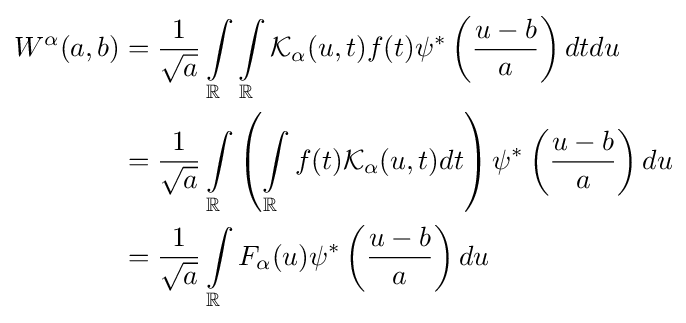
{\begin{aligned}W^{\alpha }(a,b)&={\frac {1}{\sqrt {a}}}\int \limits _{\mathbb {R} }\int \limits _{\mathbb {R} }{\mathcal {K}}_{\alpha }(u,t)f(t)\psi ^{\ast }\left({\frac {u-b}{a}}\right)dtdu\\&={\frac {1}{\sqrt {a}}}\int \limits _{\mathbb {R} }\left(\int \limits _{\mathbb {R} }f(t){\mathcal {K}}_{\alpha }(u,t)dt\right)\psi ^{\ast }\left({\frac {u-b}{a}}\right)du\\&={\frac {1}{\sqrt {a}}}\int \limits _{\mathbb {R} }F_{\alpha }(u)\psi ^{\ast }\left({\frac {u-b}{a}}\right)du\\\end{aligned}}